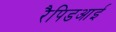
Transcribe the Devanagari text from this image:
रैपिडआई